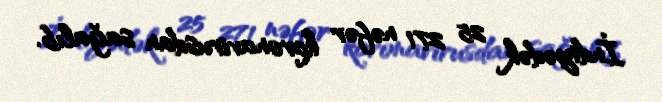
İndiyədək 25 271 nəfər koronavirusdan sağalıb.